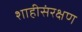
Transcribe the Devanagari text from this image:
शाहीसंरक्षण